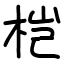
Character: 桤